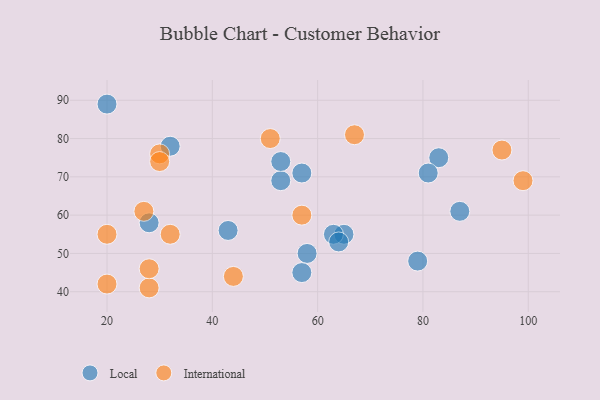
{"axis": {"x": "GDP", "y": "Life Expectancy"}, "legend": ["International", "Local"], "data": [{"x": "79", "y": 48, "type": "Local"}, {"x": "43", "y": 56, "type": "Local"}, {"x": "58", "y": 50, "type": "Local"}, {"x": "32", "y": 78, "type": "Local"}, {"x": "28", "y": 58, "type": "Local"}, {"x": "65", "y": 55, "type": "Local"}, {"x": "87", "y": 61, "type": "Local"}, {"x": "83", "y": 75, "type": "Local"}, {"x": "57", "y": 45, "type": "Local"}, {"x": "53", "y": 69, "type": "Local"}, {"x": "63", "y": 55, "type": "Local"}, {"x": "64", "y": 53, "type": "Local"}, {"x": "57", "y": 71, "type": "Local"}, {"x": "20", "y": 89, "type": "Local"}, {"x": "81", "y": 71, "type": "Local"}, {"x": "53", "y": 74, "type": "Local"}, {"x": "51", "y": 80, "type": "International"}, {"x": "30", "y": 76, "type": "International"}, {"x": "99", "y": 69, "type": "International"}, {"x": "67", "y": 81, "type": "International"}, {"x": "28", "y": 41, "type": "International"}, {"x": "28", "y": 46, "type": "International"}, {"x": "30", "y": 74, "type": "International"}, {"x": "95", "y": 77, "type": "International"}, {"x": "27", "y": 61, "type": "International"}, {"x": "44", "y": 44, "type": "International"}, {"x": "20", "y": 42, "type": "International"}, {"x": "32", "y": 55, "type": "International"}, {"x": "20", "y": 55, "type": "International"}, {"x": "57", "y": 60, "type": "International"}]}